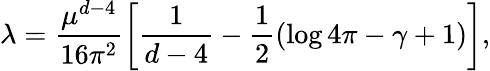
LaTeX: \lambda=\frac{\mu^{d-4}}{16\pi^{2}}\left[\frac{1}{d-4}-\frac{1}{2}\left(\log 4\pi-\gamma+1\right)\right],